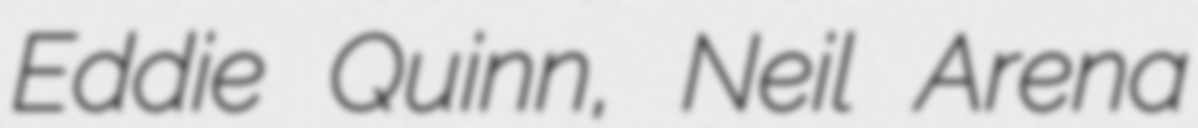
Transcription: Eddie Quinn, Neil Arena